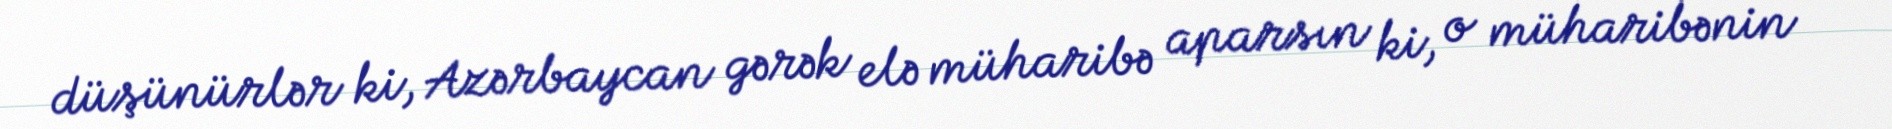
düşünürlər ki, Azərbaycan gərək elə müharibə aparsın ki, o müharibənin